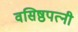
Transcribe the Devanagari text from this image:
वसिष्ठपत्नी